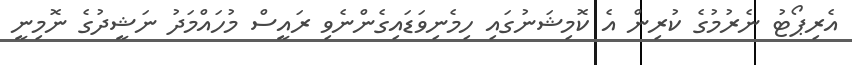
އެރިޕޯޓު ނެރުމުގެ ކުރިން އެ ކޮމިޝަނުގައި ހިމެނިވަޑައިގެންނެވި ރައީސް މުހައްމަދު ނަޝީދުގެ ނޮމިނީ